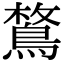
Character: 𪂜